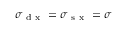
\sigma _ { \mathrm { ~ d ~ x ~ } } = \sigma _ { \mathrm { ~ s ~ x ~ } } = \sigma